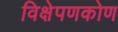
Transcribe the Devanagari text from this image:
विक्षेपणकोण